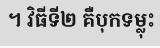
។ វិធីទី២ គឺបុកទម្លុះ